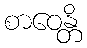
စာဝေန္တိ